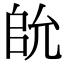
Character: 䦾